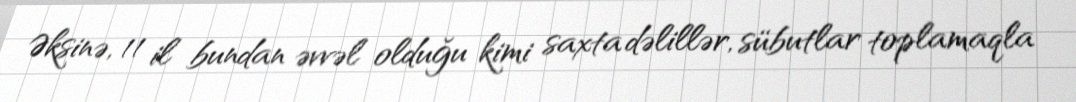
Əksinə, 11 il bundan əvvəl olduğu kimi saxta dəlillər, sübutlar toplamaqla